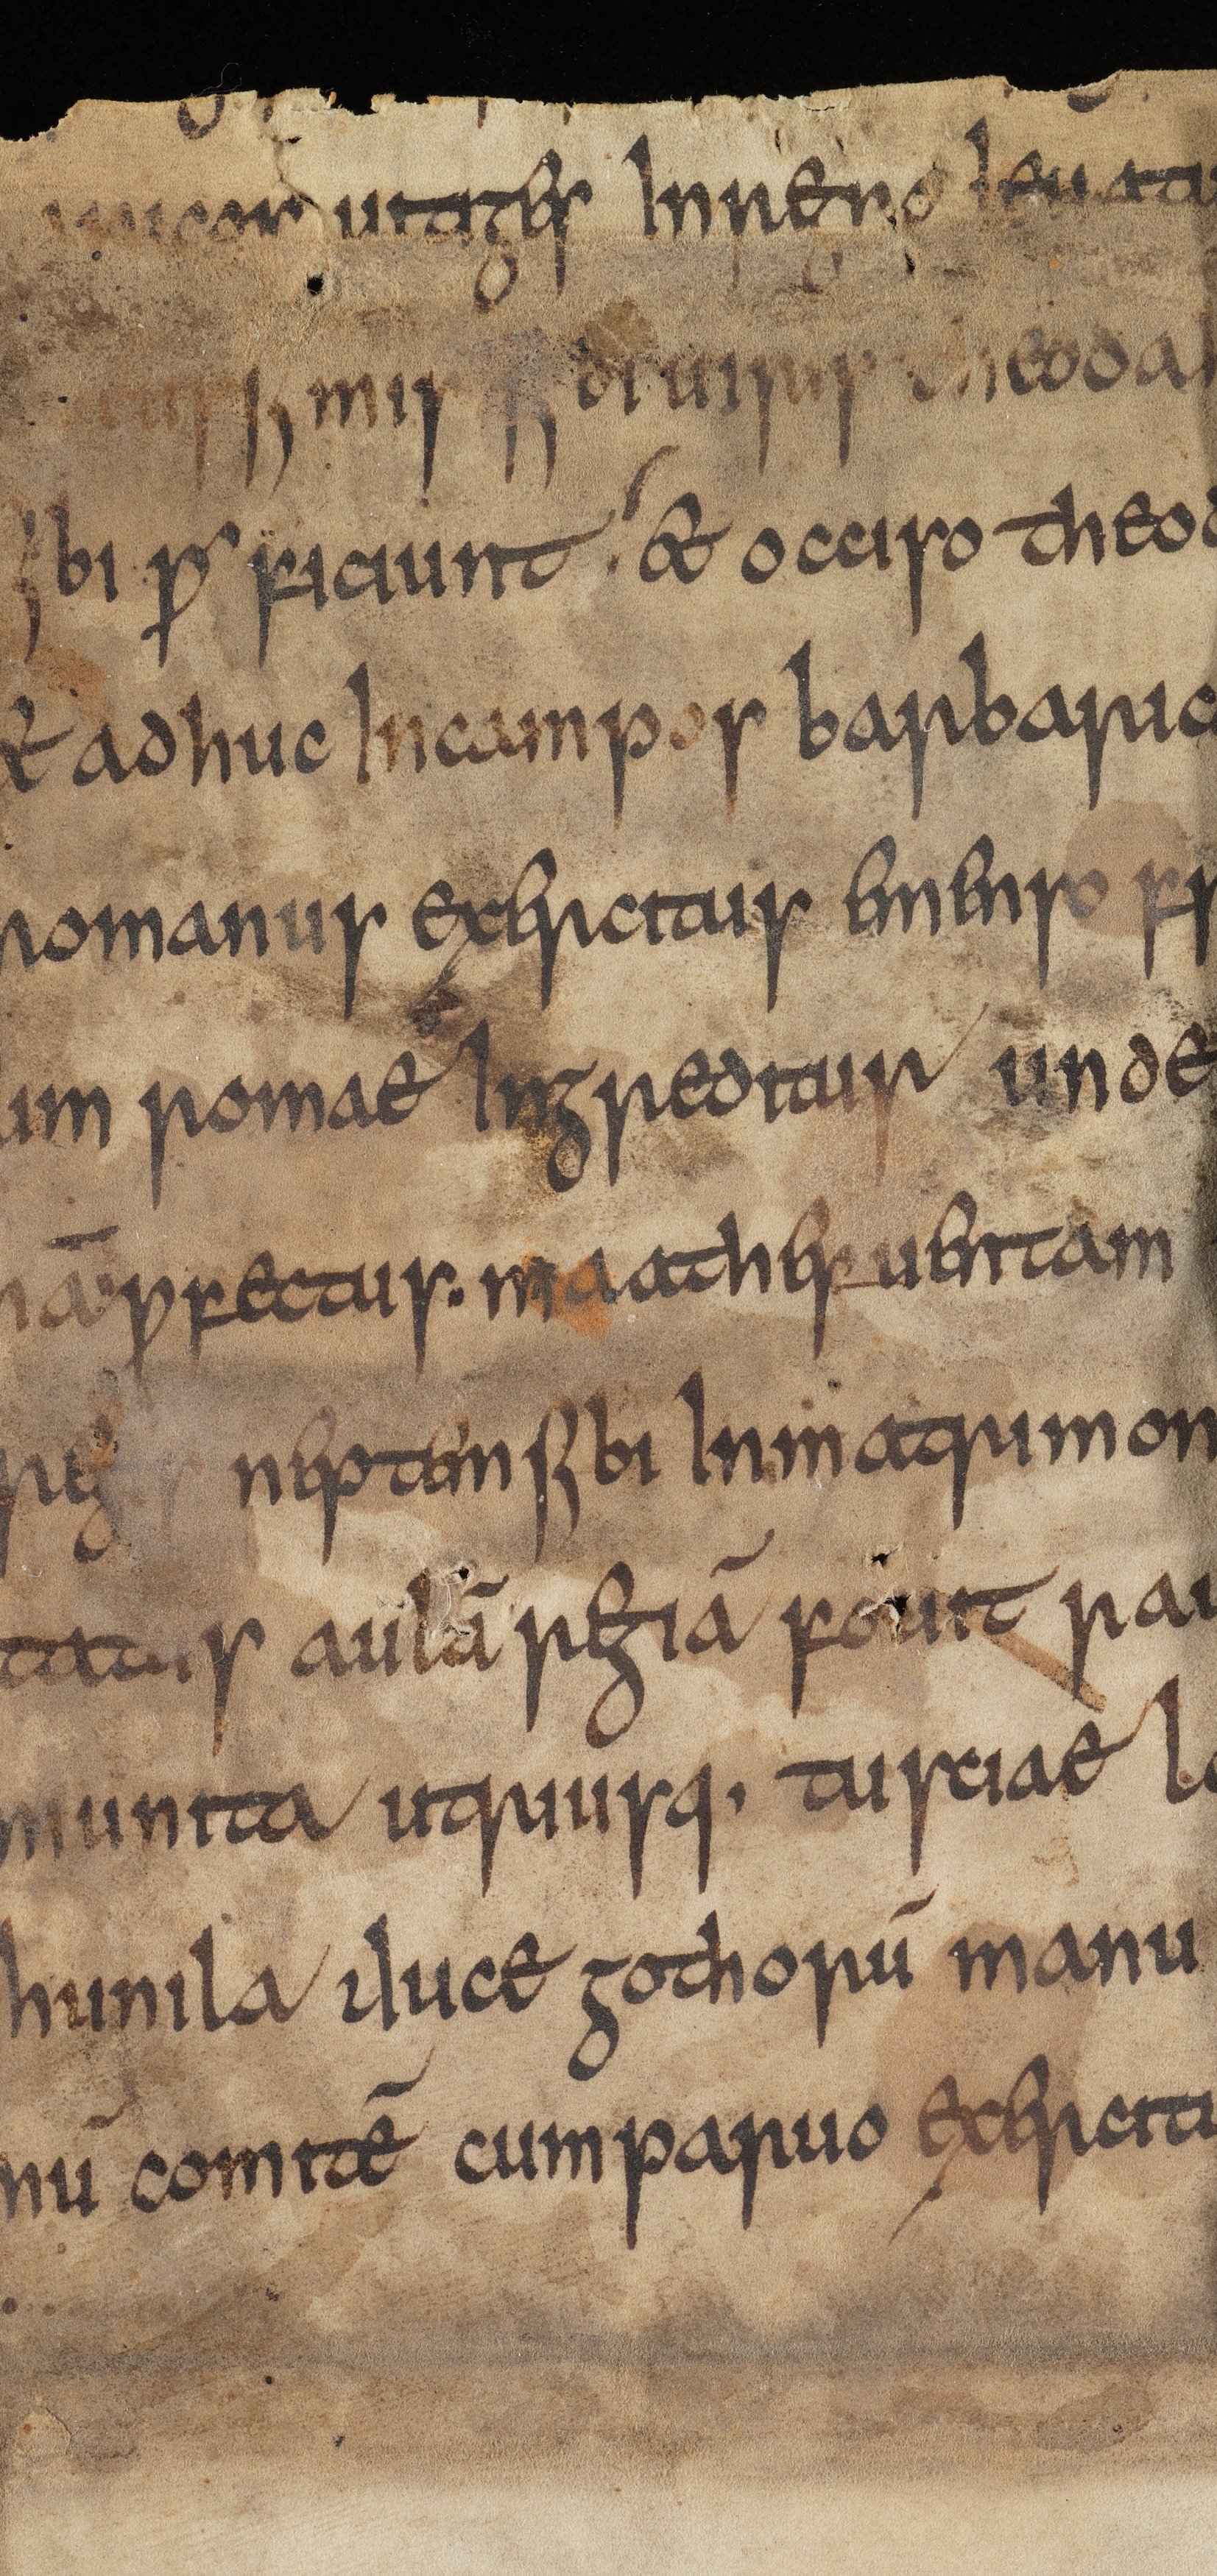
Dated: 815–845